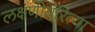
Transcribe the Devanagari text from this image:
लक्षणीयरित्या